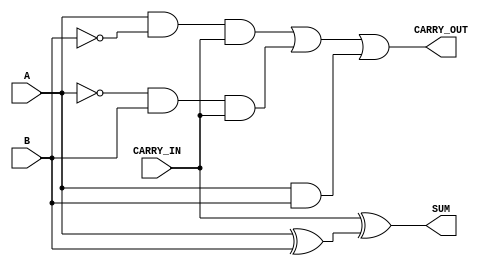
module full_adder_4
(
  input A,
  input B,
  input CARRY_IN,
  output SUM,
  output CARRY_OUT
);
  wire tmpSum;
  wire tmp1;
  wire tmp1n;
  wire tmp2;
  wire tmp2n;
  wire tmp3;
  wire tmp4;
  wire tmp5;
  wire tmp6;
  xor A1 (tmpSum, A, B);
  xor A2 (SUM, CARRY_IN, tmpSum);
  not B1N (tmp1n, B);
  and B1 (tmp1, A, tmp1n);
  not B2N (tmp2n, A);
  and B2 (tmp2, tmp2n, B);
  and B3 (tmp3, A, B);
  and B4 (tmp4, tmp1, CARRY_IN);
  and B5 (tmp5, tmp2, CARRY_IN);
  or B6 (tmp6, tmp4, tmp5);
  or B7 (CARRY_OUT, tmp6, tmp3);
endmodule